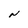
Character: N